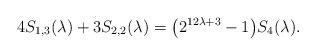
LaTeX: \begin{align*}4 S_{1,3}(\lambda)+3 S_{2,2}(\lambda) = \bigl(2^{12\lambda+3}-1\bigr) S_4(\lambda).\end{align*}